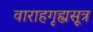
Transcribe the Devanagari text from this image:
वाराहगृह्यसूत्र